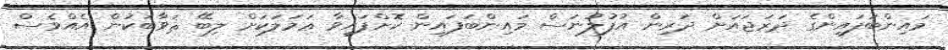
މައިންބަފައިންގެ ދަރަޖައަށް ދަރިން އުފުލުނަސް މައިންބަފައިން ކޮށްފައިވާ ޢަމަލަކަށް ލިބޭ ޘަވާބަކުން އެއްވެސް